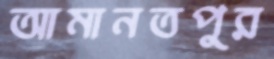
আমানতপুর